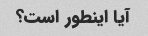
آیا اینطور است؟